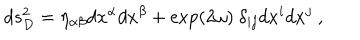
LaTeX: d s _ { D } ^ { 2 } = \eta _ { \alpha \beta } d x ^ { \alpha } d x ^ { \beta } + \exp ( 2 \omega ) ~ \delta _ { i j } d x ^ { i } d x ^ { j } ~ ,